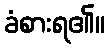
ခံစားရ၏။